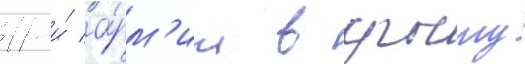
11-и́ а́рм'ии в крыму